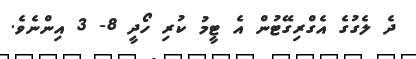
ދެ ލެގުގެ އެގްރިގޭޓުން އެ ޓީމު ކުރި ހޯދީ 8- 3 އިންނެވެ.